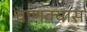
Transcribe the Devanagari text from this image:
चाणक्यास